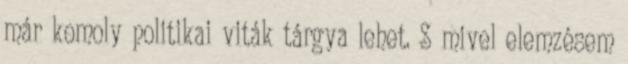
már komoly politikai viták tárgya lehet. S mivel elemzésem